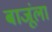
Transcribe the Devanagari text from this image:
बाजूंला